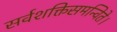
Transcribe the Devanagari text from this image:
सर्वशक्तिसमन्विते।